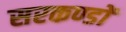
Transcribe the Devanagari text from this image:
सरकण्डों